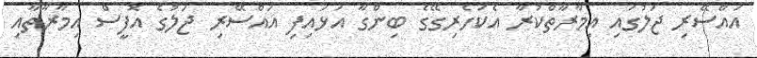
އައްސޭރި ޖަލުގައި އިމާރާތްކުރާ އެކަހެރިގޭގެ ބިންގާ އަޅައިފި އައްސޭރި ޖަލުގެ އޮފީސް އިމާރާތާއި